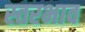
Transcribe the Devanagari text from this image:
स्तरभाव